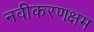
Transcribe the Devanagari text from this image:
नवीकरणक्षम